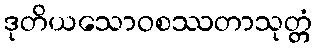
ဒုတိယသောဝစဿတာသုတ္တံ